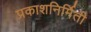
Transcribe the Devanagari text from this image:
प्रकाशनिर्मिती